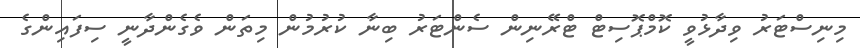
މިނިސްޓަރު ވިދާޅުވީ ކޮމްޕޮސިޓް ޓްރޭނިން ސެންޓަރު ބިނާ ކުރުމުން މިތަން ވެގެންދާނީ ސިފައިންގެ